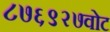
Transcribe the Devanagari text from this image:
८७६९२७वोट